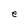
Character: e